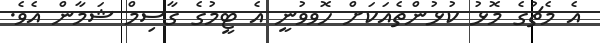
އެ މެޗުގެ މޮޅު ކުޅުންތެއަކަށް ހޮވވުނީ އެ ޓީމުގެ ގާސިމް ޝަމާން އެވެ.